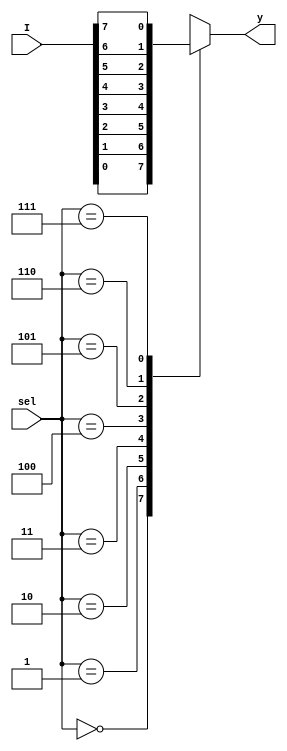
module mux8to1(I,sel,y);
input [7:0]I;
input [2:0] sel;
output reg y;

always @(*)
begin
case(sel)
3'b000: y=I[0];
3'b001: y=I[1];
3'b010: y=I[2];
3'b011: y=I[3];
3'b100: y=I[4];
3'b101: y=I[5];
3'b110: y=I[6];
3'b111: y=I[7];
default : y=1'b0;
endcase
end
endmodule